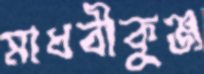
মাধবীকুঞ্জ